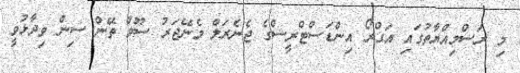
މި ރަސްމިއްޔާތުގައި އަގްރޯ އިންޑަސްޓްރީސްގެ ޖެނެރަލް މެނޭޖަރު ސޫވް ތޭން ސިން ވިދާޅުވީ